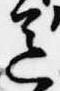
送